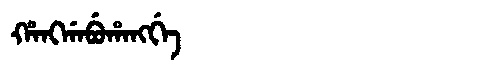
Manchu: ᡥᠠᠩᡤᠠᠪᡠᡥᠠᠩᡤᡝ
Romanization: HANGGABUHANGGE